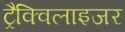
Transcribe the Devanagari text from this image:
ट्रैक्विलाइजर